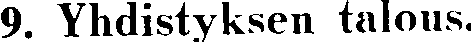
9. Yhdistyksen talous.